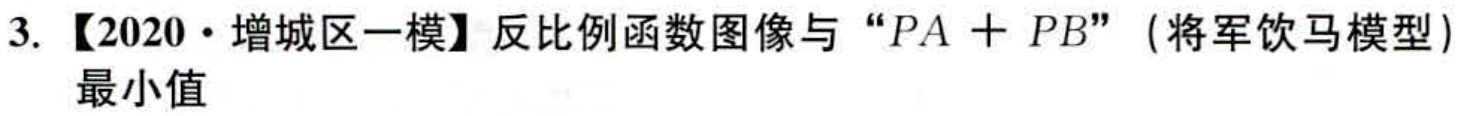
3. 【2020·增城区一模】反比例函数图像与 “\(PA + PB\)”（将军饮马模型）最小值